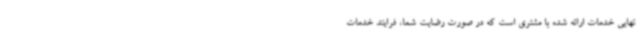
نهایی خدمات ارائه شده با مشتری است که در صورت رضایت شما، فرایند خدمات